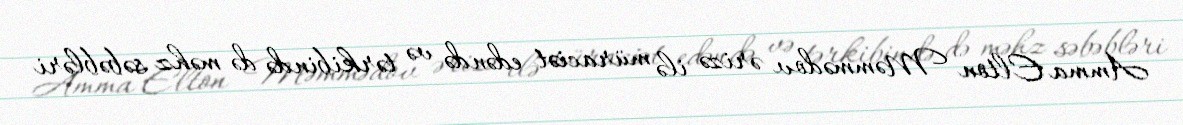
Amma Elton Məmmədov ərizə ilə müraciət edəndə və tərkibində də məhz səbəbləri